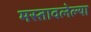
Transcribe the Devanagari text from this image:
मस्तावलेल्या